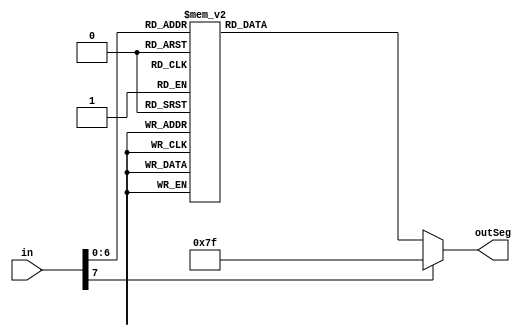
//---------------------------------------------------------------------------------------------------//
// MIT License
//
// Copyright (c) 2022 Jos Luis Jimnez Arvalo
// 
// Permission is hereby granted, free of charge, to any person obtaining a copy
// of this software and associated documentation files (the "Software"), to deal
// in the Software without restriction, including without limitation the rights
// to use, copy, modify, merge, publish, distribute, sublicense, and/or sell
// copies of the Software, and to permit persons to whom the Software is
// furnished to do so, subject to the following conditions:
// 
// The above copyright notice and this permission notice shall be included in all
// copies or substantial portions of the Software.
// 
// THE SOFTWARE IS PROVIDED "AS IS", WITHOUT WARRANTY OF ANY KIND, EXPRESS OR
// IMPLIED, INCLUDING BUT NOT LIMITED TO THE WARRANTIES OF MERCHANTABILITY,
// FITNESS FOR A PARTICULAR PURPOSE AND NONINFRINGEMENT. IN NO EVENT SHALL THE
// AUTHORS OR COPYRIGHT HOLDERS BE LIABLE FOR ANY CLAIM, DAMAGES OR OTHER
// LIABILITY, WHETHER IN AN ACTION OF CONTRACT, TORT OR OTHERWISE, ARISING FROM,
// OUT OF OR IN CONNECTION WITH THE SOFTWARE OR THE USE OR OTHER DEALINGS IN THE
// SOFTWARE.
//---------------------------------------------------------------------------------------------------//


module decoder(
					input [7:0]in,
					output reg [6:0]outSeg);

always @ (*)
	begin 
		case (in)
		8'h16: outSeg = 7'b1111001;//1
		8'h1E: outSeg = 7'b0100100;//2
		8'h26: outSeg = 7'b0110000;//3
		8'h25: outSeg = 7'b0011001;//4
		8'h2E: outSeg = 7'b0010010;//5
		8'h36: outSeg = 7'b0000010;//6
		8'h3D: outSeg = 7'b1111000;//7
		8'h3E: outSeg = 7'b0000000;//8
		8'h46: outSeg = 7'b0010000;//9
		8'h45: outSeg = 7'b1000000;//0
		
		8'h15: outSeg = 7'b0011000;//Q
		8'h1D: outSeg = 7'b0111111;//W
		8'h24: outSeg = 7'b0000110;//E
		8'h2D: outSeg = 7'b0101111;//R
		8'h2C: outSeg = 7'b0000111;//T
		8'h35: outSeg = 7'b0010001;//Y
		8'h3C: outSeg = 7'b1000001;//U
		8'h43: outSeg = 7'b1111001;//I
		8'h44: outSeg = 7'b0100011;//O
		8'h4D: outSeg = 7'b0001100;//P
		8'h1C: outSeg = 7'b0001000;//A
		8'h1B: outSeg = 7'b0010010;//S
		8'h23: outSeg = 7'b0100001;//D
		8'h2B: outSeg = 7'b0001110;//F
		8'h34: outSeg = 7'b0010000;//G
		8'h33: outSeg = 7'b0001001;//H
		8'h3B: outSeg = 7'b1100001;//J
		8'h42: outSeg = 7'b0111111;//K
		8'h4B: outSeg = 7'b1000111;//L
		8'h1A: outSeg = 7'b0111111;//Z
		8'h22: outSeg = 7'b0111111;//X
		8'h21: outSeg = 7'b1000110;//C
		8'h2A: outSeg = 7'b1100011;//V
		8'h32: outSeg = 7'b0000011;//B
		8'h31: outSeg = 7'b0101011;//N
		8'h3A: outSeg = 7'b0111111;//M
		
		default: outSeg=7'b1111111;
		endcase
	end
endmodule